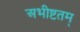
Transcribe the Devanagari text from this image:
अभीष्टतम्